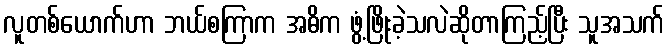
လူတစ်ယောက်ဟာ ဘယ်စကြာက အဓိက ဖွံ့ဖြိုးခဲ့သလဲဆိုတာကြည့်ပြီး သူအသက်